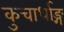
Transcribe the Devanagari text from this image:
कुचार्धाङ्ग